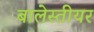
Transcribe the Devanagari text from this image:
बालेस्तीयर